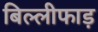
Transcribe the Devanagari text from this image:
बिल्लीफाड़